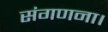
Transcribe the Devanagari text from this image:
संगणना।